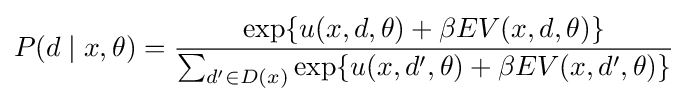
P(d\mid x,\theta )={\frac {\exp\{u(x,d,\theta )+\beta EV(x,d,\theta )\}}{\sum _{d'\in D(x)}\exp\{u(x,d',\theta )+\beta EV(x,d',\theta )\}}}